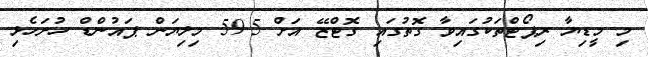
މި މީޑިޔާ ރިޕޯޓްތަކުގައިވާ ގޮތުގައި ގޮޓްޒޭ އަށް 59.5 މިލިޔަން ޕައުންޑް ހުށަހެޅި